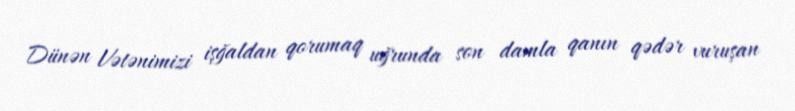
Dünən Vətənimizi işğaldan qorumaq uğrunda son damla qanın qədər vuruşan